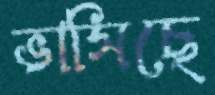
ভাসিছে